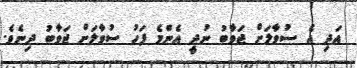
އަދި އެ ސުވާލަށް ޖަވާބު ނުދީ އެންމެ ފަހު ސުވާލަށް ޖަވާބު ދިނެވެ.